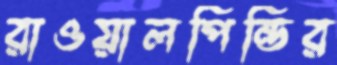
রাওয়ালপিন্ডির